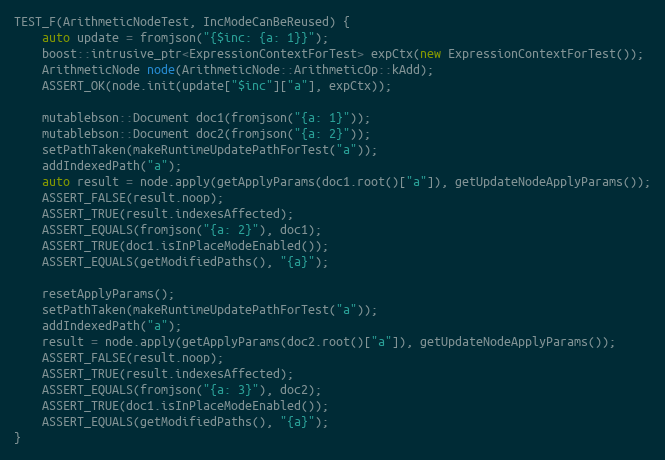
Language: C++
TEST_F(ArithmeticNodeTest, IncModeCanBeReused) {
    auto update = fromjson("{$inc: {a: 1}}");
    boost::intrusive_ptr<ExpressionContextForTest> expCtx(new ExpressionContextForTest());
    ArithmeticNode node(ArithmeticNode::ArithmeticOp::kAdd);
    ASSERT_OK(node.init(update["$inc"]["a"], expCtx));

    mutablebson::Document doc1(fromjson("{a: 1}"));
    mutablebson::Document doc2(fromjson("{a: 2}"));
    setPathTaken(makeRuntimeUpdatePathForTest("a"));
    addIndexedPath("a");
    auto result = node.apply(getApplyParams(doc1.root()["a"]), getUpdateNodeApplyParams());
    ASSERT_FALSE(result.noop);
    ASSERT_TRUE(result.indexesAffected);
    ASSERT_EQUALS(fromjson("{a: 2}"), doc1);
    ASSERT_TRUE(doc1.isInPlaceModeEnabled());
    ASSERT_EQUALS(getModifiedPaths(), "{a}");

    resetApplyParams();
    setPathTaken(makeRuntimeUpdatePathForTest("a"));
    addIndexedPath("a");
    result = node.apply(getApplyParams(doc2.root()["a"]), getUpdateNodeApplyParams());
    ASSERT_FALSE(result.noop);
    ASSERT_TRUE(result.indexesAffected);
    ASSERT_EQUALS(fromjson("{a: 3}"), doc2);
    ASSERT_TRUE(doc1.isInPlaceModeEnabled());
    ASSERT_EQUALS(getModifiedPaths(), "{a}");
}